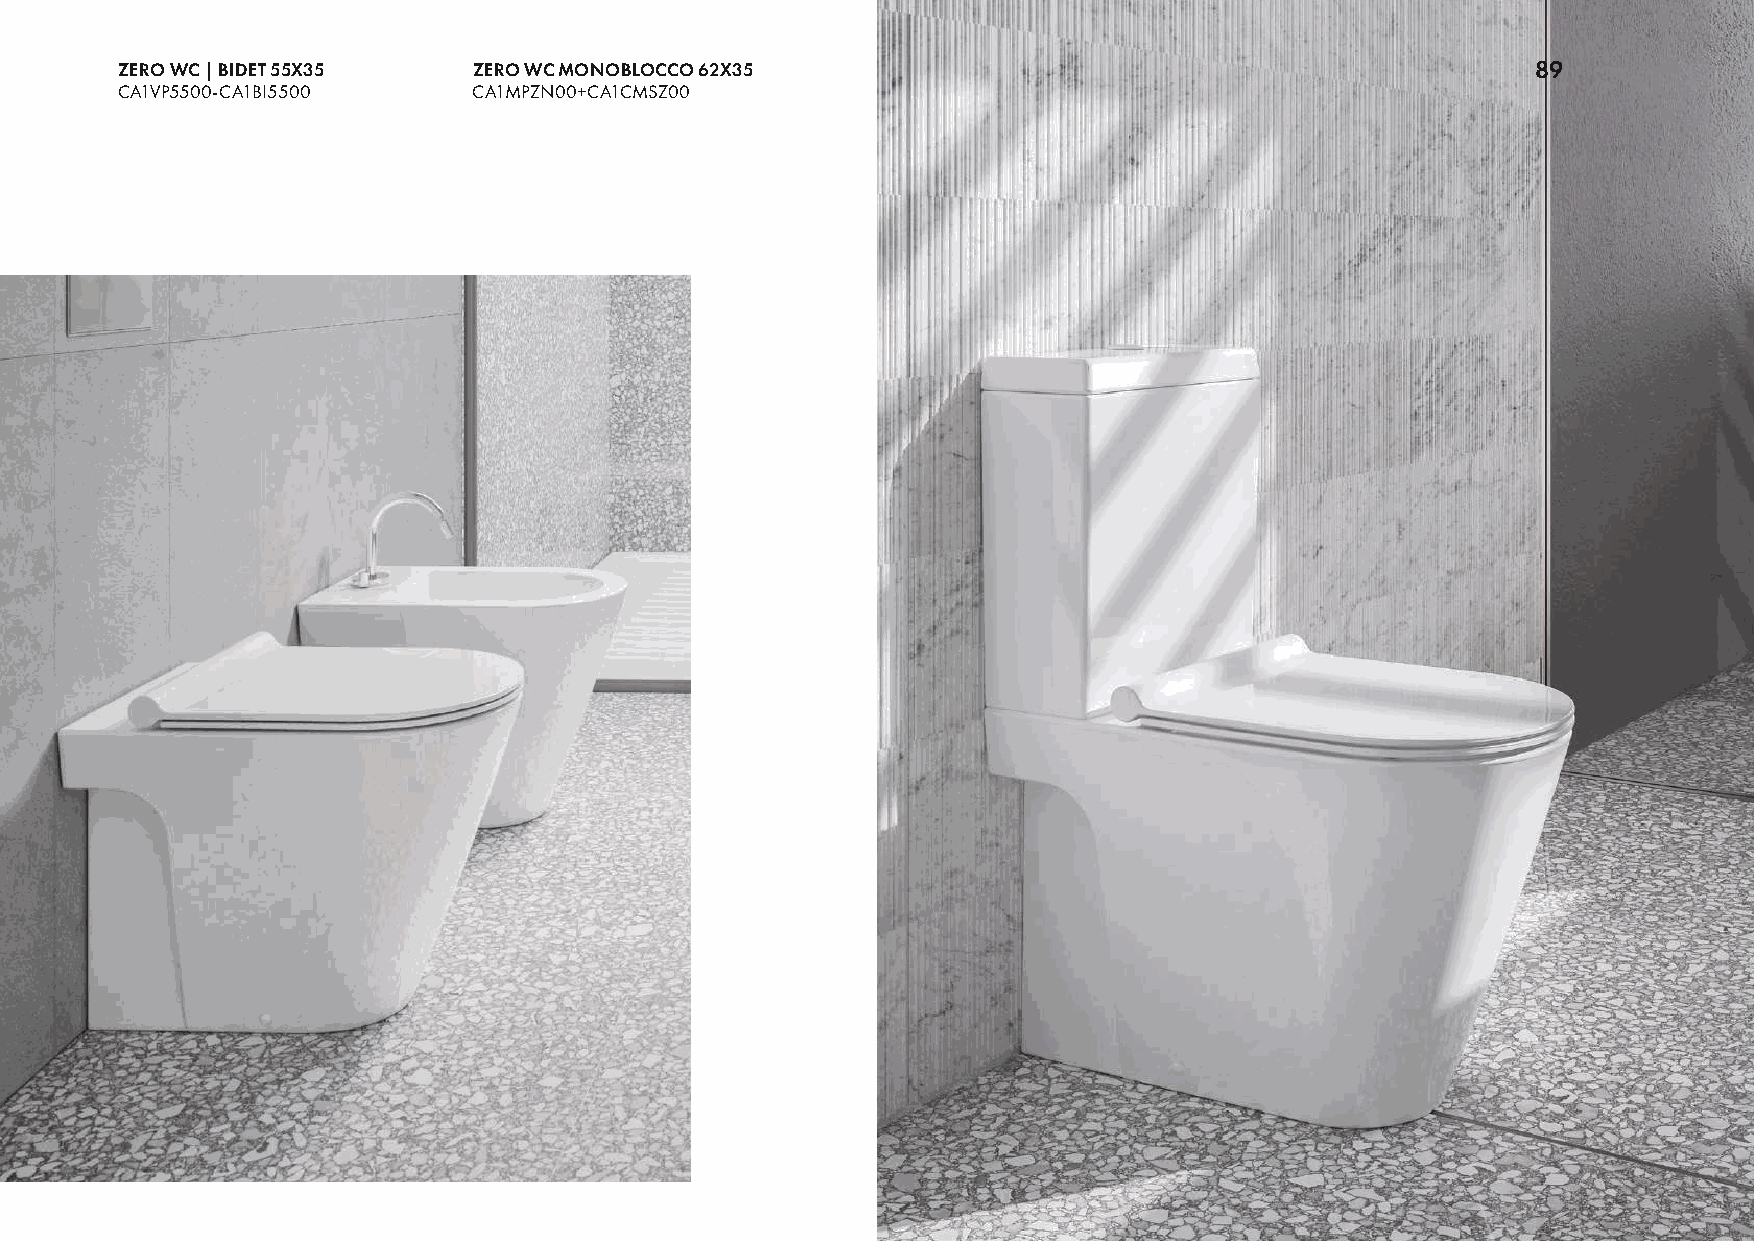
ZERO WC | BIDET 55X35  ZERO WC MONOBLOCCO 62X35                                               89
 CA1VP5500-CA1BI5500    CA1MPZN00+CA1CMSZ00